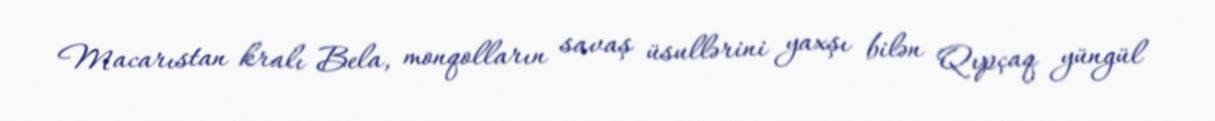
Macarıstan kralı Bela, monqolların savaş üsullərini yaxşı bilən Qıpçaq yüngül